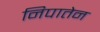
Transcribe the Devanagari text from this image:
निपातेन